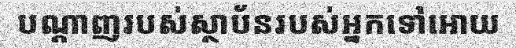
បណ្តាញរបស់ស្ថាប័នរបស់អ្នកទៅអោយ